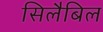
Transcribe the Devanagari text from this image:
सिलैबिल